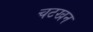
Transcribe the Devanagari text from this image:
चटखन